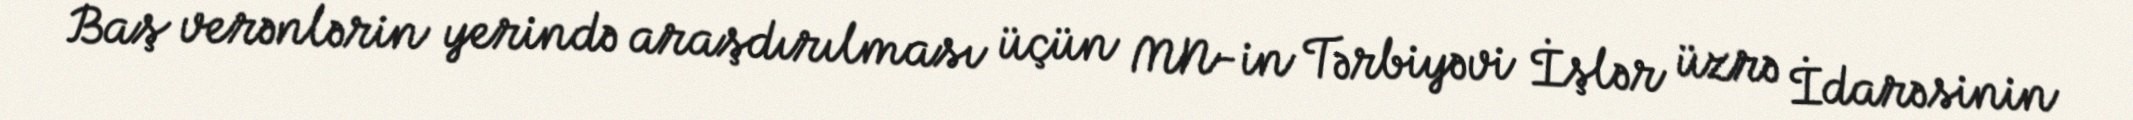
Baş verənlərin yerində araşdırılması üçün MN-in Tərbiyəvi İşlər üzrə İdarəsinin